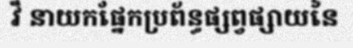
វី នាយកផ្នែកប្រព័ន្ធផ្សព្វផ្សាយនៃ